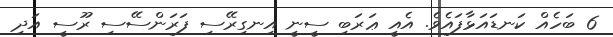
6 ބަހެއް ކަނޑައަޅާފައެވެ. އެއީ ޢަރަބި ސީނީ އިނގިރޭސި ފަރަންސޭސި ރޫސީ އަދި